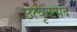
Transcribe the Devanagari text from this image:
उत्कृष्टपद